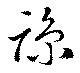
諒